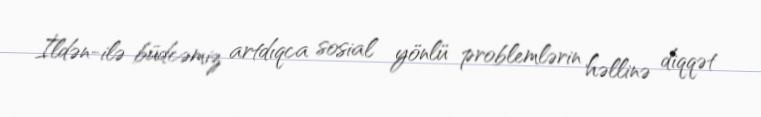
İldən-ilə büdcəmiz artdıqca sosial yönlü problemlərin həllinə diqqət